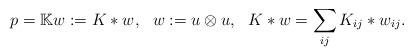
LaTeX: \begin{align*}p=\Bbb K w:=K*w,\ \ w:=u\otimes u,\ \ K*w=\sum_{ij} K_{ij} * w_{ij}.\end{align*}